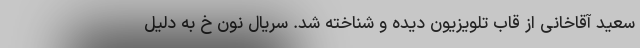
سعید آقاخانی از قاب تلویزیون دیده و شناخته شد. سریال نون خ به دلیل